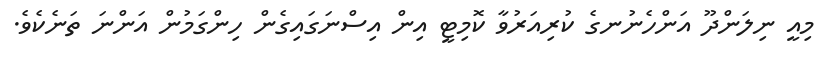
މިއީ ނިލަންދޫ އަންހެނުނގެ ކުރިއަރުވާ ކޮމިޓީ އިން އިސްނަގައިގެން ހިންގަމުން އަންނަ ތަނެކެވެ.